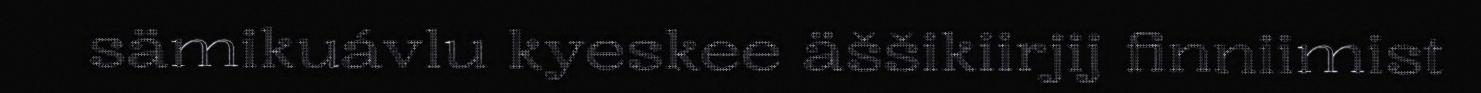
sämikuávlu kyeskee äššikiirjij finniimist